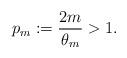
LaTeX: \begin{align*}p_m:=\frac{2m}{\theta_m}>1.\end{align*}